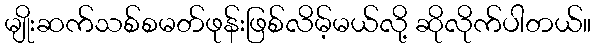
မျိုးဆက်သစ်စမတ်ဖုန်းဖြစ်လိမ့်မယ်လို့ ဆိုလိုက်ပါတယ်။